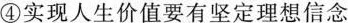
④实现人生价值要有坚定理想信念